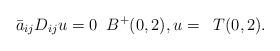
LaTeX: \begin{align*}\bar a_{ij}D_{ij} u=0\;\; B^+(0,2), u=\;\;T(0,2).\end{align*}